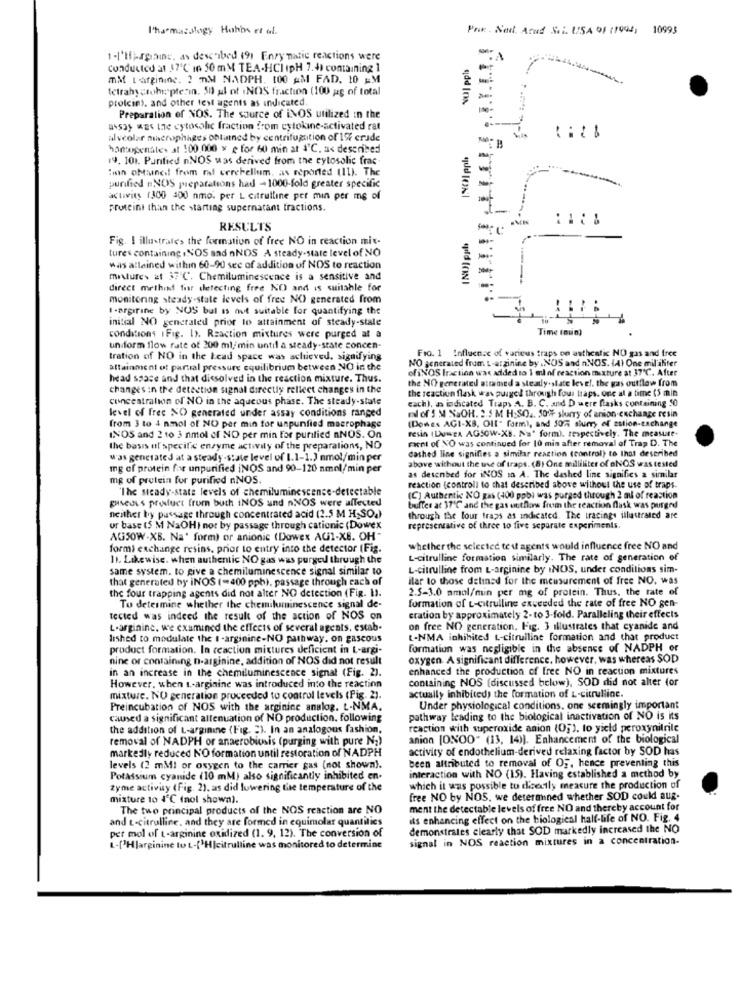
Pharmacology Hahbs et al.
PRK . Neil. Arad Sei. USA 91 (1994, 10993
1.I'M).againe, as described 191 Enzy matic reactions were
NUJ ppis
conducted at 37℃ in 50 mM TEA-HClipH 7.4) containing 1
mM t arginine. 2 mM NADPH. 100 AM FAD, 10 EM
Ictrahy toheplerin. 51 al of .NOS fraction (100 ag of total
prolcin), and other test agents as indicated.
Preparation of NOS. The source of iNOS utilized in the
assos was the cytosolic fraction from cytokine-activated rat
alveolar macrophages obtained by centrifugtition of 197 crude
hontoperates at 100,000 x e for 60 min at &C. as described
9. 101. Puntied nNOS was derived from the cytosolic frac
:min obtained from ral cerebellum, as reported (11). The
---
purified NOS preparations had -1000-fold greater specific
actavis (300 300 nmo. per L citrulline per min per me of
proteini than the starting supernatant tractions.
RESULTS
Fig. I illustrates the formation of free NO in reaction mit-
tures containing ,NOS and nNOS A steady-state level of NO
was attained within 60-90 see of addition of NOS to reaction
metures at 37'℃. Chemiluminescence is a sensitive and
direct method for detecting free NO and is suitable for
monitoring steady-state levels of free NO) generated from
I-argirine by NOS bul is not suitable for quantifying the
initial NO gencrated prior to attainment of steady-state
conditions I Fig. 1). Reaction mixtures were purged at a
Time inun)
uniform flow rate of 200 ml/min until a steady-state concen-
Fro. 1 Influence of various traps on asthestic NO gas and free
tration of NO in the Lead space was achieved. signifying
NO generated from L-arginine by .NOS and nNOS. (4) One mil iliter
attainment ot partial pressure equilibrium between NO in the
of iNOS Iraction was added to 1 ml of reaction mixture at 37'℃. After
head space and that dissolved in the reaction mixture. Thus.
the NO generated attained a steady- state level, the gas outflow from
changes in the detection signal directly reflect changes in the
the reaction flask was puiged through fous traps. one at a time (5 min
concentration of NO in the aqueous phase. The steady-state
cach), as indicated Traps A. B. C. and D were flasks containing 50
level of free NO generated under assay conditions ranged
ml of 5 M SiaOH. : S M H:SO .. 50% slurry of anion exchange resin
from 3 to 4 nmol of NO per min for unpunfied macrophage
(Dowes AGI-XB, Off" form), and 50% shurry of zation-exchange
resin (LUWEA AGSOW-XB. Na' form), respectively. The measure.
INOS and 2 10 3 nmol of NO per min for purified nNOS. On
the basis of specific enzyme activity of the preparations, NO
Fint of NO was continued for 10 min after removal of Trap D. The
was generated at a steady-state level of I.1-1.) nmol/min per
above without the use of traps. (8) One milliliter of aNOS was tested
dashed line signifies a similar reaction (control) to that described
mg of protein for unpurified iNOS and 90-120 nmol/min per
mg of protein for purified nNOS.
as desenbed for iNOS in A. The dashed line signifies a similar
"The steady-state levels of chemiluminescence-detectable
reaction (control) to that described above without the use of traps.
guseuss product from buch iNOS und nNOS were affected
(C) Authentic NO gas (400 ppbi was purged through 2 ml of reaction
buffer at 37℃ and the gas outflow from the reaction flask was purged
neither by passage through concentrated acid (2.5 M H,SOa)
through the four traps as indicated. The tracings illustrated are
ur base (5 M NaOH) nor by passage through cationic (Dowex
representative of three to five separate experiments.
AGSOW-XB. Na' form) or anionic (Dowex AGI-XS. OH"
formi exchange resins, prior to entry into the detector (Fig.
whether the selected test agents would influence free NO and
11. Likewise. when authentic NO gas was purged through the
L-citrulline formation similarly. The rate of generation of
same system. to give a chemiluminescence signal similar to
L-citrulline from L-arginine by INOS, under conditions sim-
that generated by iNOS (-400 ppb), passage through each of
ilar to those delinsd for the measurement of free NO, was
the four trapping agents did not alter NO detection (Fig. 1).
2.5-3.0 mmol/min per mg of protein. Thus, the rate of
formation of L-citrulling exceeded the rate of free NO gen-
To determine whether the chemiluminescence signal de-
tected was indeed the result of the action of NOS on
cration by approximately 2-to 3-fold. Paralleling their effects
L-arginine. we examined the effects of several agents, estab-
on free NO generation. Fig. 3 illustrates that cyanide and
lished to modulate the I -arginine-NO pathway. on gascous
L-NMA inhibited t .- citrulline formation and that product
product formation. In reaction mixtures deficient in L-argi-
formation was negligible in the absence of NADPH or
nine or containing n-arginine, addition of NOS did not result
oxygen A significant difference. however, was whereas SOD
in an increase in the chemiluminescence signal (Fig. 2).
enhanced the production of free NO in reaction mixtures
containing NOS (discussed below), SOD did not alter (or
However, when L-arginine was introduced into the reactinn
mixture. NO generation proceeded to control levels (Fig. 2).
actually inhibited) the formation of L-citrulline.
Preincubation of NOS with the arginine analog. L-NMA.
Under physiological conditions, one seemingly important
caused a significant allenuation of NO production. following
pathway leading to the biological inactivation of NO is its
the addition of L-arginine (Fig. "). In an analogous fashion.
reaction with superoxide anion (05), to yield peroxynitrile
removal of NADPH or anaerobiosis (purging with pure N2)
anion [ONOO" (13, 14)). Enhancement of the biological
markedly reduced NO formation until restoration of NADPH
activity of endothelium-derived relaxing factor by SOD has
been attributed to removal of OF, hence preventing this
levels (2 mMl or oxygen to the carrier gas (not shown).
Potassium cyanide (10 mM) also significantly inhibited en.
interaction with NO (15). Having established a method by
zyme activity (Fig. 2). as did lowering the temperature of the
which it was possible to dicecily measure the production of
mixture to 4℃ (not showa).
free NO by NOS, we determined whether SOD could aug-
The two principal products of the NOS reaction are NO
ment the detectable levels of free NO and thereby account for
and t-citrulline, and they are formed in equimolar quantilies
its enhancing effect on the biological half-life of NO. Fig. 4
demonstrates clearly that SOD markedly increased the NO
per mol of t-arginine oxidized (1. 9, 12). The conversion of
signal in NOS reaction mixtures in a concentration-
L-['Hlarginine to t-['HIcitrulline was monitored to determine